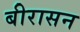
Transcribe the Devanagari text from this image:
बीरासन